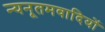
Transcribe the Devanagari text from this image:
न्यनूतमवादियों